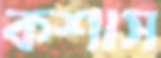
কশাস